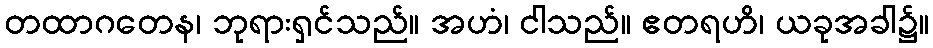
တထာဂတေန၊ ဘုရားရှင်သည်။ အဟံ၊ ငါသည်။ ဧတရဟိ၊ ယခုအခါ၌။